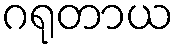
ဂရုတာယ